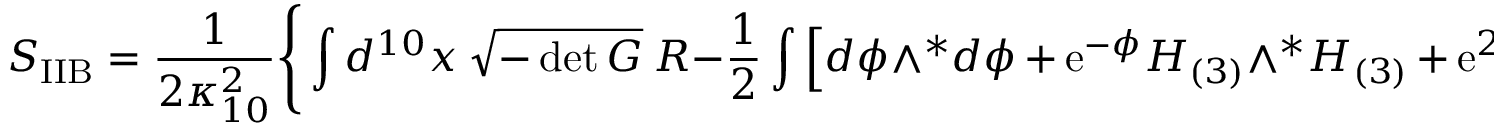
S _ { \mathrm { I I B } } = \frac { 1 } { 2 \kappa _ { 1 0 } ^ { 2 } } \Bigg \{ \int d ^ { 1 0 } x ~ \sqrt { - \operatorname * { d e t } G } ~ R - \frac { 1 } { 2 } \int \Big [ d \phi \wedge { } ^ { * } d \phi \, + \, \mathrm { e } ^ { - \phi } H _ { ( 3 ) } \wedge { } ^ { * } H _ { ( 3 ) } \, + \, \mathrm { e } ^ { 2 \phi } \, F _ { ( 1 ) } \wedge { } ^ { * } F _ { ( 1 ) }